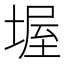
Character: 𡎔